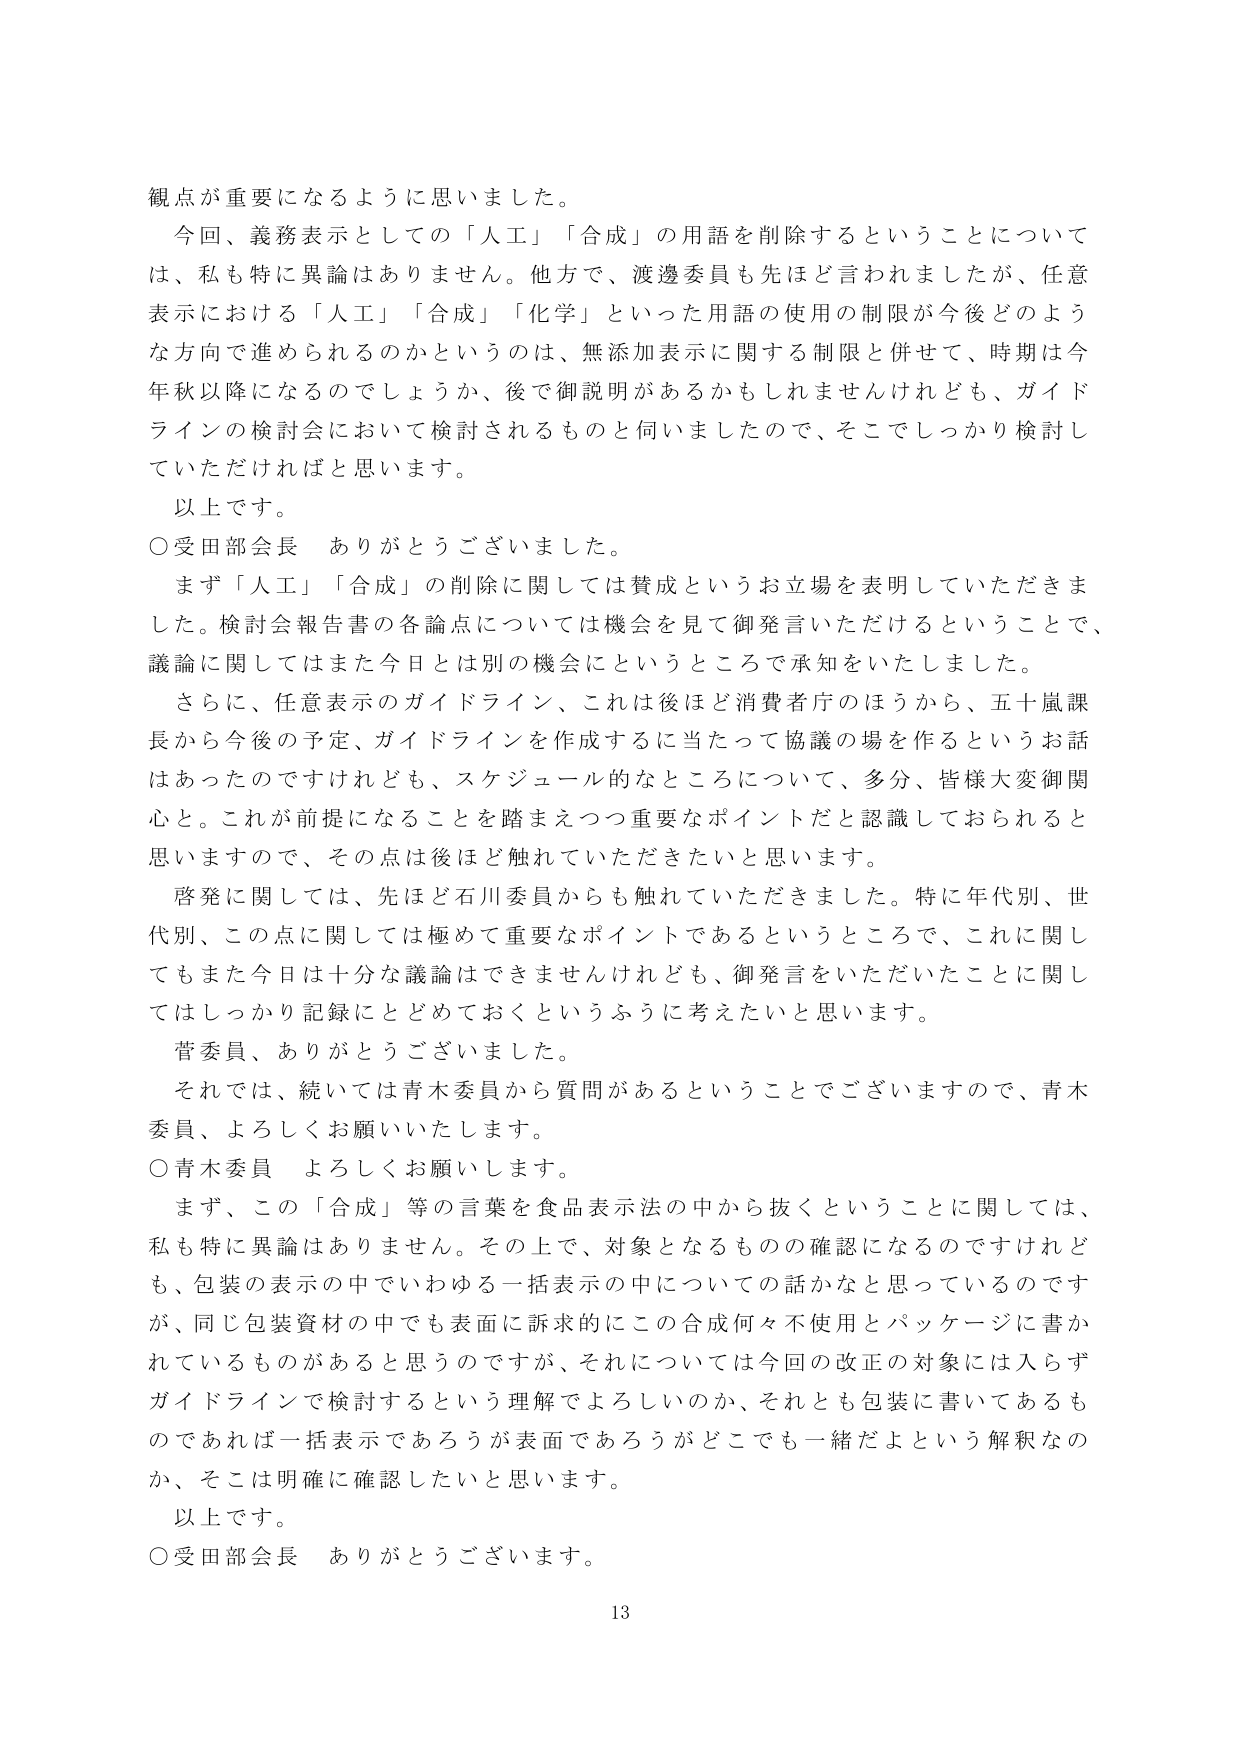
観点が重要になるように思いました。

今回、義務表示としての「人工」「合成」の用語を削除することについては、私も特に異論はありません。他方で、渡邊委員も先ほど言われましたが、任意表示における「人工」「合成」「化学」といった用語の使用の制限が今後どのような方向で進められるのかというのは、無添加表示に関する制限と併せて、時期は今年秋以降になるのでしょうか、後で御説明があるかもしれませんが、ガイドラインの検討会において検討されるものと伺いましたので、そこでしっかり検討していただければと思います。

以上です。

○受田部会長　ありがとうございました。

まず「人工」「合成」の削除に関しては賛成というお立場を表明していただきました。検討会報告書の各論点については機会を見て御発言いただけるということで、議論に関してはまた今日は別の機会にというところで承知をいたしました。

さらに、任意表示のガイドライン、これは後ほど消費者庁のほうから、五十嵐課長から今後の予定、ガイドラインを作成するに当たって協議の場を作るというお話はあったのですけれども、スケジュール的なところについて、多分、皆様大変御関心と。これが前提になることを踏まえつつ重要なポイントだと認識しておられると思いますので、その点は後ほど触れていただきたいと思います。

啓発に関しては、先ほど石川委員からも触れていただきました。特に年代別、世代別、この点に関しては極めて重要なポイントであるというところで、これに関してもまた今日は十分な議論はできませんけれども、御発言をいただいたことに関してはしっかり記録にとどめておくというふうに考えたいと思います。

菅委員、ありがとうございました。

それでは、続いては青木委員から質問があるということでございますので、青木委員、よろしくお願いいたします。

○青木委員　よろしくお願いします。

まず、この「合成」等の言葉を食品表示法の中から抜くということに関しては、私も特に異論はありません。その上で、対象となるものの確認になるのですけれども、包装の表示の中でいわゆる一括表示の中についての話かなと思っているのですが、同じ包装資材の中でも表面に訴求的にこの合成何々不使用とパッケージに書かれているものがあると思うのですが、それについては今回の改正の対象には入らずガイドラインで検討するという理解でよろしいのか、それとも包装に書いてあるものであれば一括表示であろうが表面であろうがどこでも一緒だという解釈なのか、そこは明確に確認したいと思います。

以上です。

○受田部会長　ありがとうございます。

13